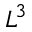
L ^ { 3 }